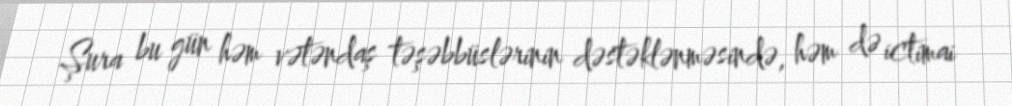
Şura bu gün həm vətəndaş təşəbbüslərinin dəstəklənməsində, həm də ictimai